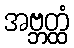
အဗ္ဘတ္ထံ